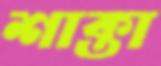
শাক্তা